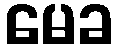
မေခ